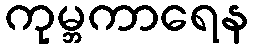
ကုမ္ဘကာရေန